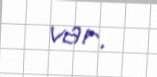
var.